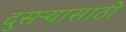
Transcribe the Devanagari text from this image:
दुसऱ्यासाठी